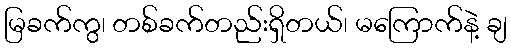
မြခက်ကွ၊ တစ်ခက်တည်းရှိတယ်၊ မကြောက်နဲ့ ချ